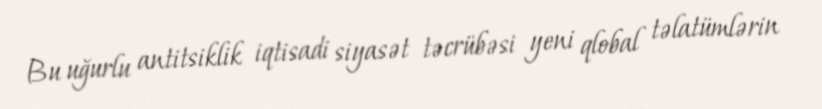
Bu uğurlu antitsiklik iqtisadi siyasət təcrübəsi yeni qlobal təlatümlərin